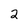
Character: 2